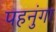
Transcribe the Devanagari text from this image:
पहनुंगा